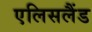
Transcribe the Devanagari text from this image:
एलिसलैंड